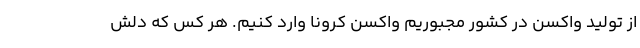
از تولید واکسن در کشور مجبوریم واکسن کرونا وارد کنیم. هر کس که دلش